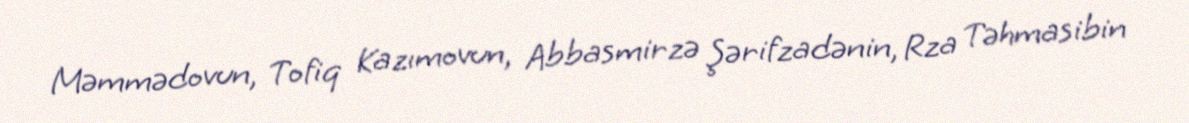
Məmmədovun, Tofiq Kazımovun, Abbasmirzə Şərifzadənin, Rza Təhmasibin